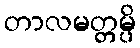
တာလမတ္တမ္ပိ